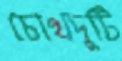
চোখদুটি